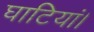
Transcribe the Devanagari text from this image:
घाटियां।